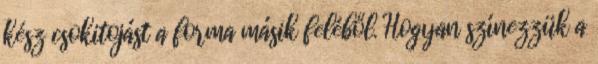
kész csokitojást a forma másik feléből. Hogyan színezzük a